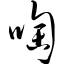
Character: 啕